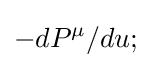
-dP^{\mu }/du;